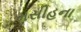
મસીહના